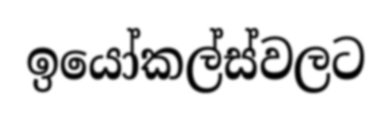
ඉයෝකල්ස්වලට